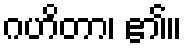
ဂဟိတာ၊ ၏။